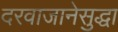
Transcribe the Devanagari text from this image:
दरवाजानेसुद्धा